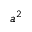
a ^ { 2 }